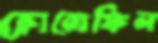
ক্লোরোফিল